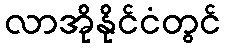
လာအိုနိုင်ငံတွင်